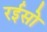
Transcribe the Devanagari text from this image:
रईसो